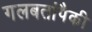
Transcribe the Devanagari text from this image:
गलबतांपैकी